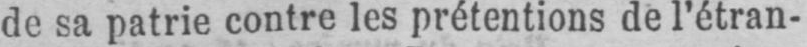
de sa patrie contre les prétentions de l’étran-